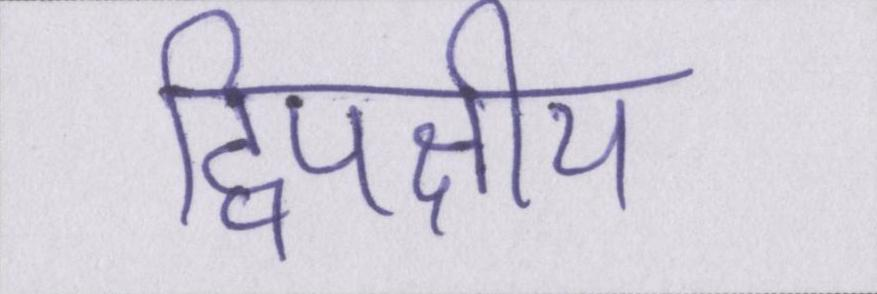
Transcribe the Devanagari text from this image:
द्विपक्षीय